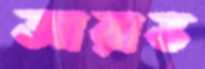
আরাভ